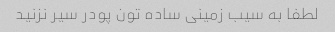
لطفا به سیب زمینی ساده تون پودر سیر نزنید